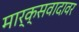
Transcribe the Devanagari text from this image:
मार्क्सवादावर